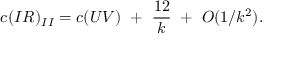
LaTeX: c ( I R ) _ { I I } = c ( U V ) ~ + ~ { \frac { 1 2 } { k } } ~ + ~ { \cal O } ( 1 / k ^ { 2 } ) .